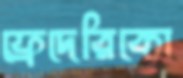
ফ্রেদেরিকো